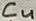
Text: C4